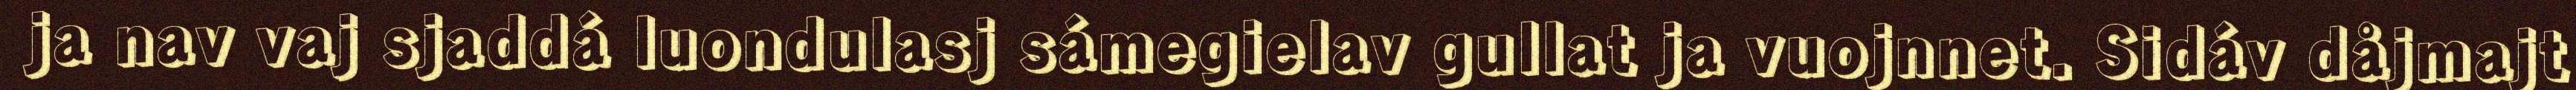
ja nav vaj sjaddá luondulasj sámegielav gullat ja vuojnnet. Sidáv dåjmajt